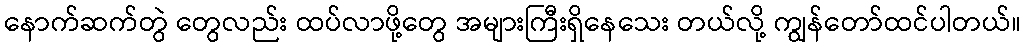
နောက်ဆက်တွဲ တွေလည်း ထပ်လာဖို့တွေ အများကြီးရှိနေသေး တယ်လို့ ကျွန်တော်ထင်ပါတယ်။